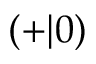
\left( + | 0 \right)